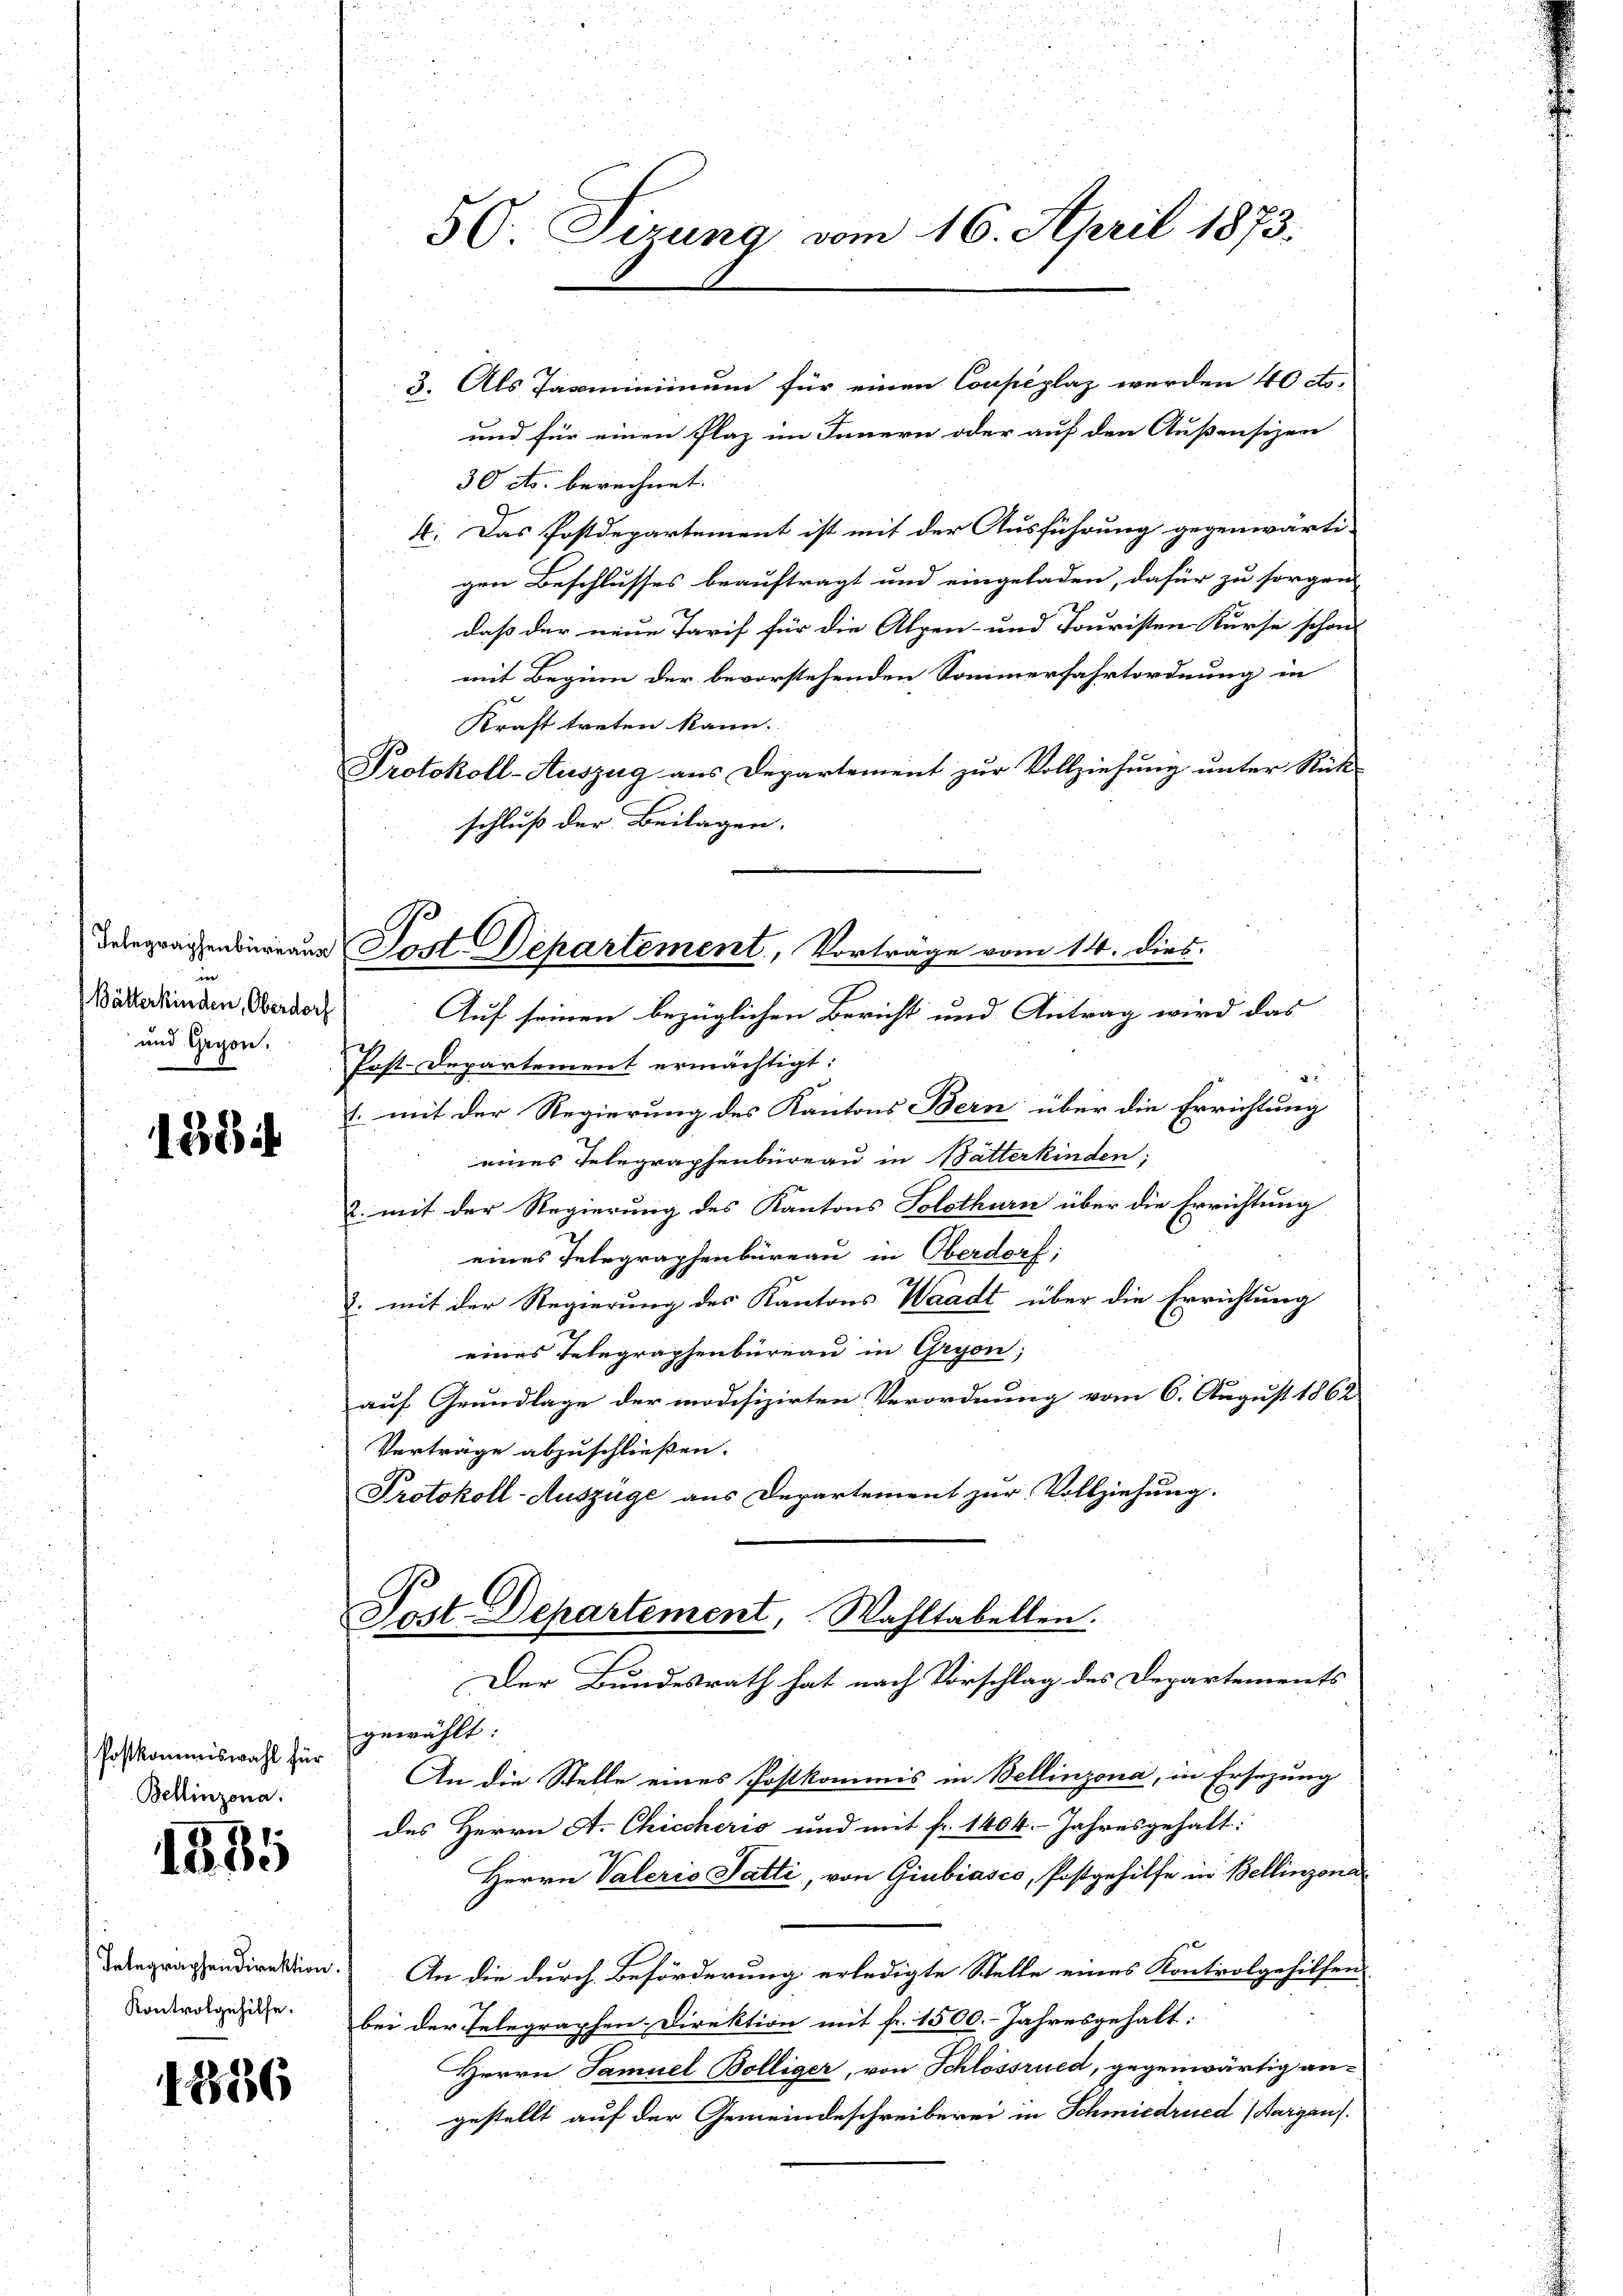
in
Bätterkinden, Oberdorf
und Gryon.

1384

Postkommiswahl für
Bellinzona.

1885

Integraphendirektion
Kontrolgehilfe.

1886

und für einen Plaz im Innern oder auf den Außensizen
30 cts. berechnet.
4. Das Postdepartement ist mit der Ausführung gegenwärti-
gen Beschlusses beauftragt und eingeladen, dafür zu sorgen
daß der neue Tarif für die Alpen- und Jouristen Kurse schon
mit Beginn der bevorstehenden Sommerfahrtordnung in
Kraft treten kann.
Protokoll-Auszug aus Departement zur Vollziehung unter Rück-
schluß der Beilagen.

50. Sirung vom 16. April 1873.

3. Als Tasminimum für einen Coupéplaz werden 40 cts.

Delegraphenbureaus Post. Departement, Vorträge vom 14. dies

Auf seinen bezüglichen Bericht und Antrag wird das
Post-Departement ermächtigt:
1. mit der Regierung des Kantons Bern über die Errichtung
eines Telegraphenbüreau in Bätterkinden;
2. mit der Regierung des Kantons Solothurn über die Errichtung
eines Telegraphenbüreau in Oberdorf;
. mit der Regierung des Kantons Waadt über die Errichtung
eines Telegraphenbureau in Gryon;
auf Grundlage der modifizirten Verordnung vom 6. August 1862
Verträge abzuschließen.
Protokoll-Auszüge aus Departement zur Vollziehung.

Post. Departement, Wahltabellen.
Der Bundesrath hat nach Vorschlag des Departements

Einwählt:
An die Stelle eines Postkommis in Bellinzona, in Ersezung
des Herrn A. Chiccherio und mit fr. 1404. Jahresgehalt:
Herrn Valeris Satti, von Giubiasco, Postgehilfe in Bellinzona
An die durch Beförderung erledigte Stelle eines Kontrolgehilfen
bei der Eelegraphen Direktion mit fr. 1500. Jahresgehalt:
Herrn Samuel Bolliger, von Schlossrued, gegenwärtig angestellt auf der Gemeindeschreiberei in Schmiedrued (Aargau.